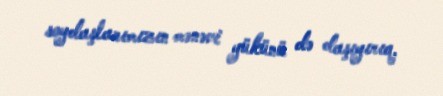
soydaşlarımızın mənəvi yükünü də daşıyırıq.